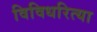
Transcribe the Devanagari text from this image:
विविधरित्या